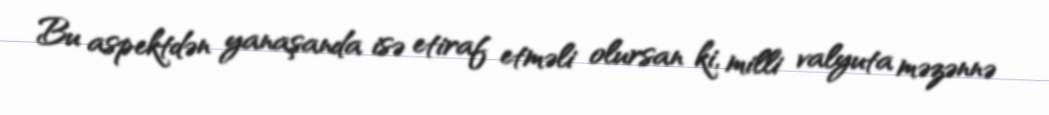
Bu aspektdən yanaşanda isə etiraf etməli olursan ki, milli valyuta məzənnə